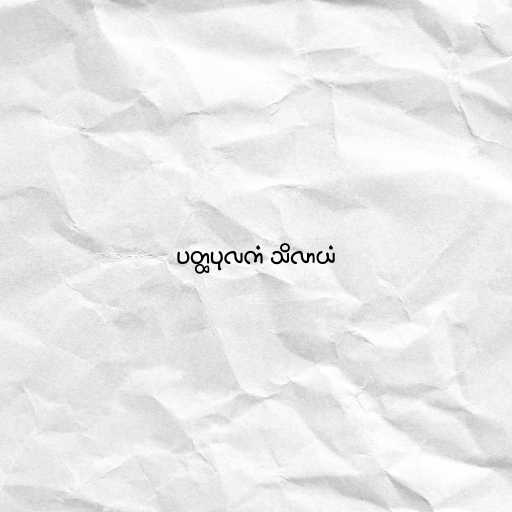
ပတ္ထပုလကံ သိလာယံ